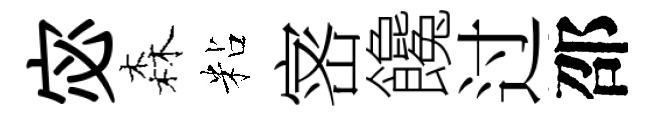
宓森粘宻饞过邵